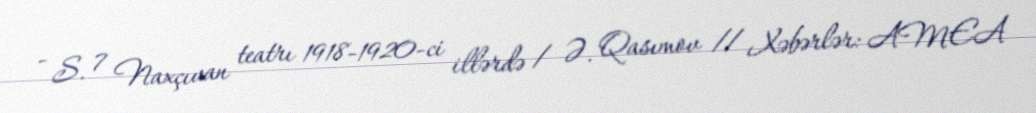
- S. 7 Naxçıvan teatrı 1918-1920-ci illərdə / Ə. Qasımov // Xəbərlər: AMEA